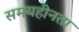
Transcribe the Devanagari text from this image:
समयहीनता